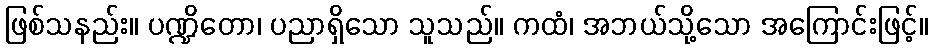
ဖြစ်သနည်း။ ပဏ္ဍိတော၊ ပညာရှိသော သူသည်။ ကထံ၊ အဘယ်သို့သော အကြောင်းဖြင့်။